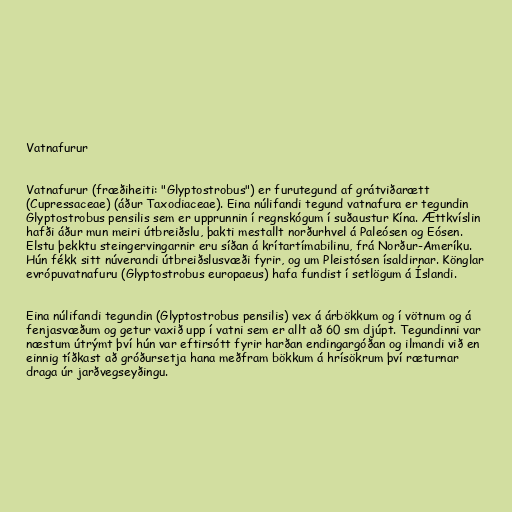
Vatnafurur

Vatnafurur (fræðiheiti: "Glyptostrobus") er furutegund af grátviðarætt
(Cupressaceae) (áður Taxodiaceae). Eina núlifandi tegund vatnafura er tegundin
Glyptostrobus pensilis sem er upprunnin í regnskógum í suðaustur Kína. Ættkvíslin
hafði áður mun meiri útbreiðslu, þakti mestallt norðurhvel á Paleósen og Eósen.
Elstu þekktu steingervingarnir eru síðan á krítartímabilinu, frá Norður-Ameríku.
Hún fékk sitt núverandi útbreiðslusvæði fyrir, og um Pleistósen ísaldirnar. Könglar
evrópuvatnafuru (Glyptostrobus europaeus) hafa fundist í setlögum á Íslandi.

Eina núlifandi tegundin (Glyptostrobus pensilis) vex á árbökkum og í vötnum og á
fenjasvæðum og getur vaxið upp í vatni sem er allt að 60 sm djúpt. Tegundinni var
næstum útrýmt því hún var eftirsótt fyrir harðan endingargóðan og ilmandi við en
einnig tíðkast að gróðursetja hana meðfram bökkum á hrísökrum því ræturnar
draga úr jarðvegseyðingu.